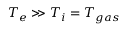
T _ { e } \gg T _ { i } = T _ { g a s }